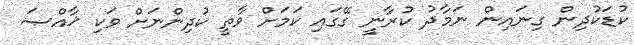
ކުޑަކުދިން ގިނައިން ނަމާދު ކުރާނީ ގޭގައި ކަމަށް ވާތީ ކުދިންނަށް ވަކި ޚާއްޞަ